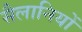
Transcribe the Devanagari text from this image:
सैलानियों